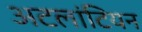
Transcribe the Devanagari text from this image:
अटलांटियन